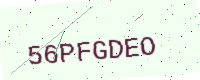
Text: 56PFGDEO